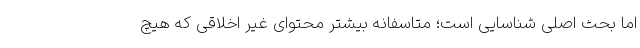
اما بحث اصلی شناسایی است؛ متاسفانه بیشتر محتوای غیر اخلاقی که هیچ